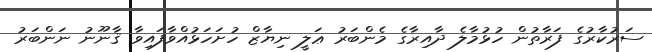
ސަރުކާރުގެ ފަރާތުން ހުޅުމާލެ ދާއިރާގެ މެންބަރު ޢަލީ ނިޔާޒް ހުށަހަޅުއްވާފައިވާ ޤާނޫނު ނަންބަރު